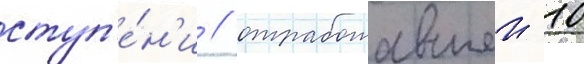
ступ'е́н'и / отработавшеи 10